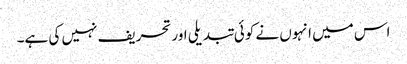
اس میں انہوں نے کوئی تبدیلی اور تحریف نہیں کی ہے۔